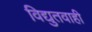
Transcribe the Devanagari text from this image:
विद्युतवाही